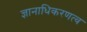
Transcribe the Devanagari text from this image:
ज्ञानाधिकरणत्व